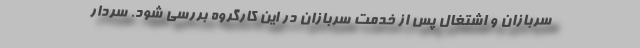
سربازان و اشتغال پس از خدمت سربازان در این کارگروه بررسی شود. سردار